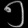
Digit: ၅